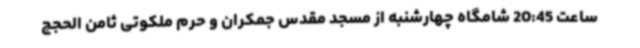
ساعت 20:45 شامگاه چهارشنبه از مسجد مقدس جمکران و حرم ملکوتی ثامن الحجج